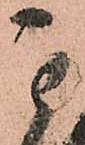
其